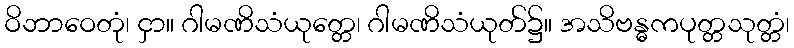
ဝိဘာဝေတုံ၊ ငှာ။ ဂါမဏိသံယုတ္တေ၊ ဂါမဏိသံယုတ်၌။ အသိဗန္ဓကပုတ္တသုတ္တံ၊